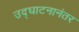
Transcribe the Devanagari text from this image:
उद्‌घाटनानंतर